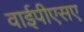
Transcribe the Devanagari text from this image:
वाईपीएसए